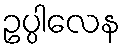
ဥပ္ပါလေန